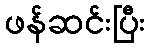
ဖန်ဆင်းပြီး